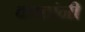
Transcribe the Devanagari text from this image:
काठांनी